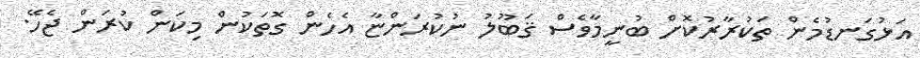
އަޅުގަނޑުމެން ތަކުރާރުކޮށް ބުނީމާވެސް ޤަބޫލު ނުކުރަންޏާ އެހެން ގޮތަކުން މިކަން ކުރަން ޖެހޭ.